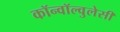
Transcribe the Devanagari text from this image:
कॉन्वॉल्वुलेसी